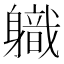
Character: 軄